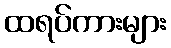
ထရပ်ကားများ